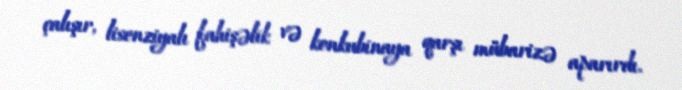
çalışır, lisenziyalı fahişəlik və konkubinaya qarşı mübarizə aparırdı.